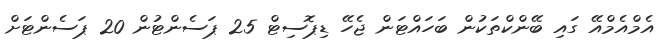
އެމްއެމްއޭ ގައި ބޭންކްތަކުން ބަހައްޓަން ޖެހޭ ޑިޕޮސިޓް 25 ޕަސެންޓުން 20 ޕަސެންޓަށް